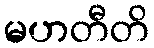
မဟတီတိ